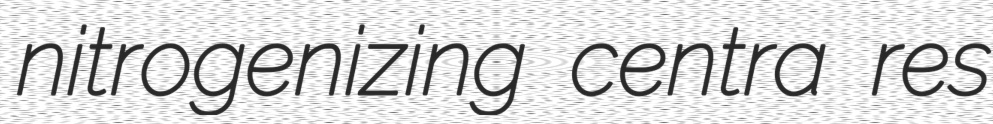
nitrogenizing centra res